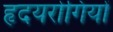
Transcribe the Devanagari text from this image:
हृदयरोगियों